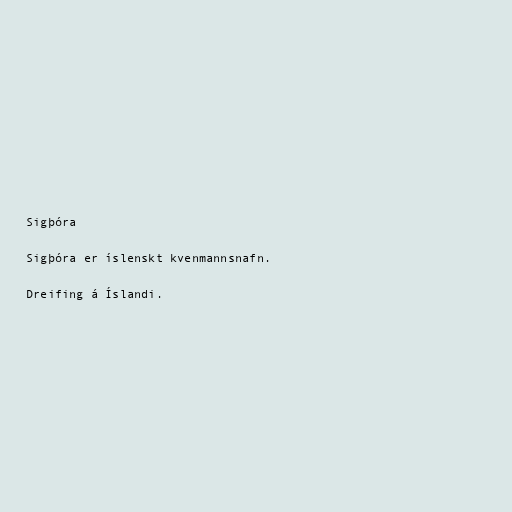
Sigþóra

Sigþóra er íslenskt kvenmannsnafn.

Dreifing á Íslandi.